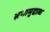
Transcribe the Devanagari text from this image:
सणासुदाला